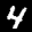
Label: 4